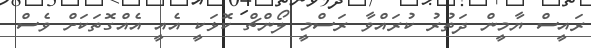
ރައީސް ޔާމީން ދަތުރު ކުރައްވާ ރަސްމީ ލޯންޗް ކޮޅަކީ އެއީ އެއްގޮތަކަށް ވެސް